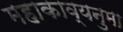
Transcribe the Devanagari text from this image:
महाकाव्यनुमा